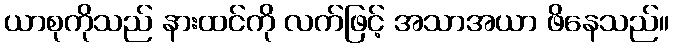
ယာစုကိုသည် နားထင်ကို လက်ဖြင့် အသာအယာ ဖိနေသည်။